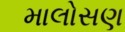
માલોસણ